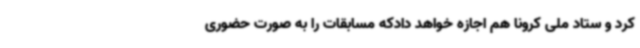
کرد و ستاد ملی کرونا هم اجازه خواهد دادکه مسابقات را به صورت حضوری